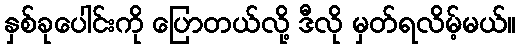
နှစ်ခုပေါင်းကို ပြောတယ်လို့ ဒီလို မှတ်ရလိမ့်မယ်။